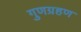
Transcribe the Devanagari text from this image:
गुणग्रहण